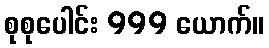
စုစုပေါင်း 999 ယောက်။